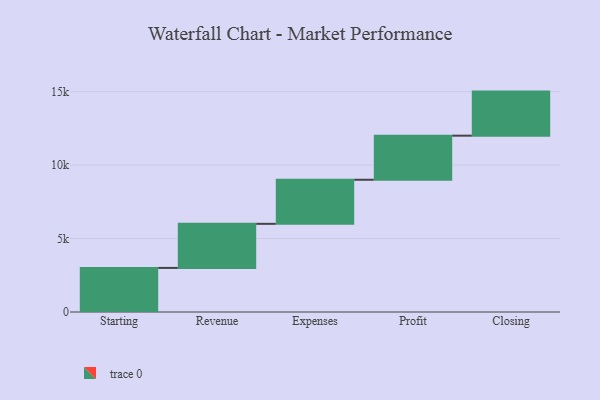
{"axis": {"x": "Step", "y": "Value"}, "legend": [""], "data": [{"x": "Starting", "y": 3000, "type": ""}, {"x": "Revenue", "y": 3000, "type": ""}, {"x": "Expenses", "y": 3000, "type": ""}, {"x": "Profit", "y": 3000, "type": ""}, {"x": "Closing", "y": 3000, "type": ""}]}